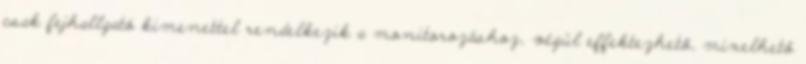
csak fejhallgató kimenettel rendelkezik a monitorozáshoz, végül effektezhetô, mixelhetô